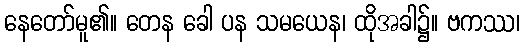
နေတော်မူ၏။ တေန ခေါ ပန သမယေန၊ ထိုအခါ၌။ ဗကဿ၊